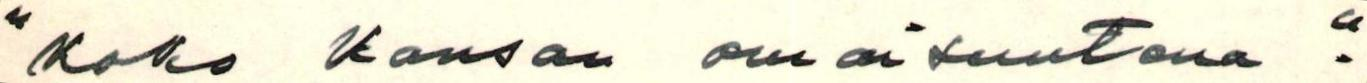
"koko kansan omaisuutena".